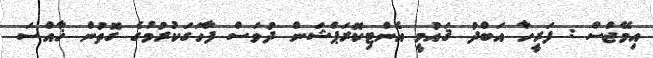
އިމޭޖްސް : ފަރީހާ އަބްދު ޤައުމީ އެންޓިކޮރަޕްޝަން ދުވަސް ފާހަގަކުރުމުގެ ގޮތުން ޚާއްސަ